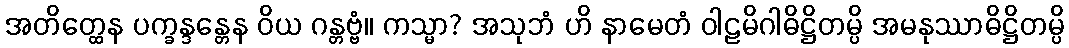
အတိတ္ထေန ပက္ခန္ဒန္တေန ဝိယ ဂန္တဗ္ဗံ။ ကသ္မာ? အသုဘံ ဟိ နာမေတံ ဝါဠမိဂါဓိဋ္ဌိတမ္ပိ အမနုဿာဓိဋ္ဌိတမ္ပိ